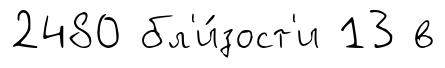
2480 бл'и́зост'и 13 в